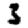
Digit: 3